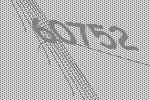
60752